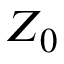
Z _ { 0 }